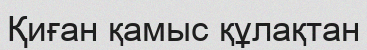
Қиған қамыс құлақтан